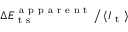
\Delta E _ { \mathrm { ~ t ~ s ~ } } ^ { \mathrm { ~ a ~ p ~ p ~ a ~ r ~ e ~ n ~ t ~ } } \, \big / \, \langle I _ { \mathrm { ~ t ~ } } \rangle